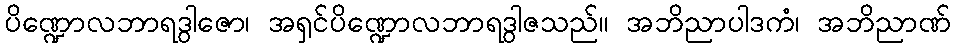
ပိဏ္ဍောလဘာရဒွါဇော၊ အရှင်ပိဏ္ဍောလဘာရဒွါဇသည်။ အဘိညာပါဒကံ၊ အဘိညာဏ်